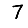
Digit: 7